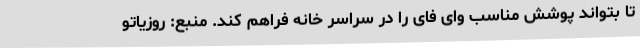
تا بتواند پوشش مناسب وای فای را در سراسر خانه فراهم کند. منبع: روزیاتو